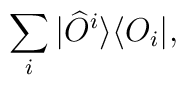
\sum_i | \widehat{O}^i \rangle \langle O_i | ,